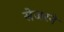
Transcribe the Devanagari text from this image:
सेजरने